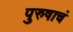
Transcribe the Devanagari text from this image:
पुरुषाचं